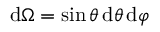
\mathrm { d } \Omega = \sin \theta \, \mathrm { d } \theta \, \mathrm { d } \varphi